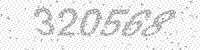
Solution: 320568